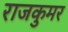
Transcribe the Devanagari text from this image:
राजकुमर